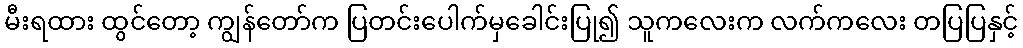
မီးရထား ထွင်တော့ ကျွန်တော်က ပြတင်းပေါက်မှခေါင်းပြု၍ သူကလေးက လက်ကလေး တပြပြနှင့်